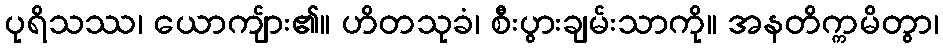
ပုရိသဿ၊ ယောကျ်ား၏။ ဟိတသုခံ၊ စီးပွားချမ်းသာကို။ အနတိက္ကမိတွာ၊